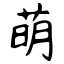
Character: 萌